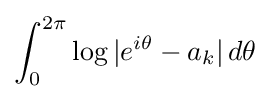
\int _{0}^{2\pi }\log |e^{i\theta }-a_{k}|\,d\theta